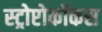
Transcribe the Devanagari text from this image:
स्ट्रोप्टोकॉकस